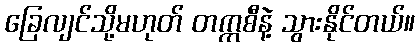
ခြေလျင်သို့မဟုတ် တက္ကစီနဲ့ သွားနိုင်တယ်။